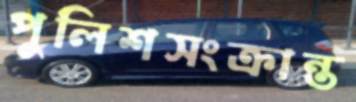
পুলিশসংক্রান্ত